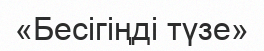
«Бесігіңді түзе»